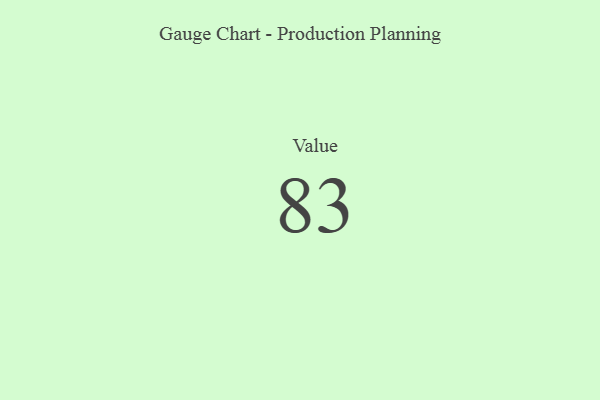
{"axis": {"x": "Metric", "y": "Value"}, "legend": [""], "data": [{"x": "Value", "y": 83, "type": ""}]}